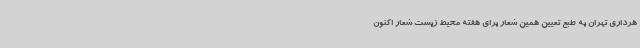
هرداری تهران به طبع تعیین همین شعار برای هفته محیط زیست شعار اکنون